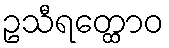
ဥသီရတ္ထောဝ